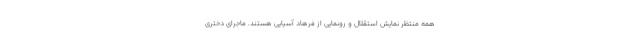
همه منتظر نمایش استقلال و رونمایی از فرهاد آسیایی هستند. ماجرای دختری